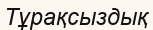
Тұрақсыздық